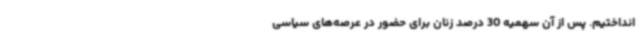
انداختیم. پس از آن سهمیه 30 درصد زنان برای حضور در عرصه‌های سیاسی